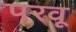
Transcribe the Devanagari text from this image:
परवू